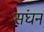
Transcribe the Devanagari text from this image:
संघन